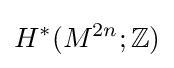
H^{*}(M^{2n};\mathbb {Z} )